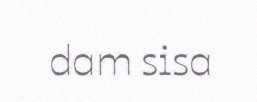
dam sisa